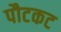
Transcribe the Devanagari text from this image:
पौटकट